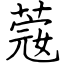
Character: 𦸅